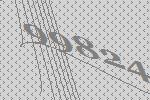
99824